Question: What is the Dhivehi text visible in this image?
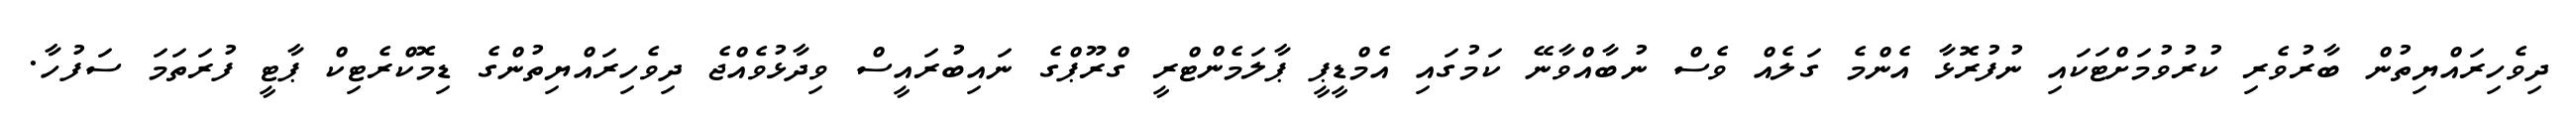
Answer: ދިވެހިރައްޔިތުން ބާރުވެރި ކުރުވުމަށްޓަކައި ނުފުރޮޅާ އެންމެ ގަލެއް ވެސް ނުބާއްވާނޭ ކަމުގައި އެމްޑީޕީ ޕާލަމެންޓްރީ ގްރޫޕްގެ ނައިބުރައީސް ވިދާޅުވެއްޖެ ދިވެހިރައްޔިތުންގެ ޑިމޮކްރެޓިކް ޕާޓީ ފުރަތަމަ ސަފުހާ.